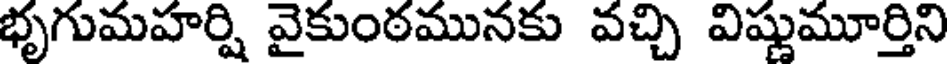
భృగుమహర్షి వైకుంఠమునకు వచ్చి విష్ణుమూర్తిని